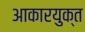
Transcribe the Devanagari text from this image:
आकारयुक्त